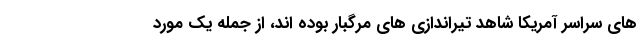
های سراسر آمریکا شاهد تیراندازی های مرگبار بوده اند، از جمله یک مورد